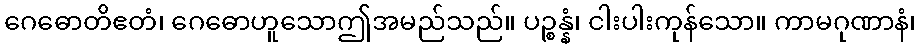
ဂေဓောတိဧတံ၊ ဂေဓောဟူသောဤအမည်သည်။ ပဉ္စန္နံ၊ ငါးပါးကုန်သော။ ကာမဂုဏာနံ၊